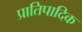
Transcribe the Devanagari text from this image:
प्रातिपादिक